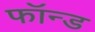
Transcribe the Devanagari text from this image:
फॉन्ड